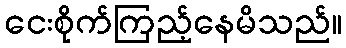
ငေးစိုက်ကြည့်နေမိသည်။